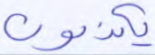
يكذبون